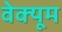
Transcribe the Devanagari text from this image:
वेक्यूम